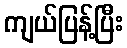
ကျယ်ပြန့်ပြီး